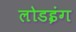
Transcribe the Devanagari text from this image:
लोडइंग